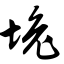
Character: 堍